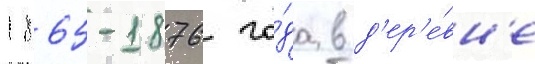
1865-1876 го́да в д'ер'е́вн'е